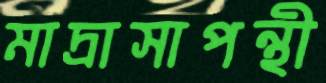
মাদ্রাসাপন্থী